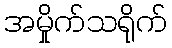
အမှိုက်သရိုက်